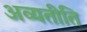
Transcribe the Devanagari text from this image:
अव्यतीति